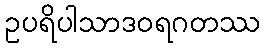
ဥပရိပါသာဒဝရဂတဿ